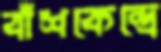
বাঁশকেন্দ্রে